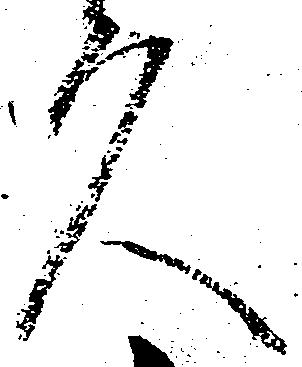
久